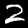
Digit: 2